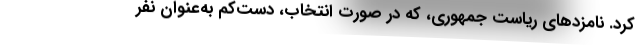
کرد. نامزدهای ریاست جمهوری، که در صورت انتخاب، دست‌کم به‌عنوان نفر